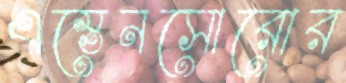
এস্তেনসোরোর